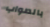
بالصواب